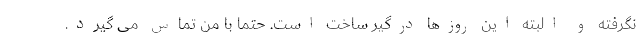
نگرفته و البته این روزها درگیر ساخت است. حتماً با من تماس می گیرد.